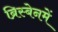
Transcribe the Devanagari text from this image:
ब्रिस्बेनमें